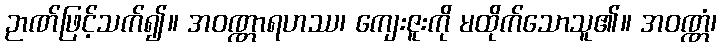
ဉာဏ်ဖြင့်သက်၍။ အဝဏ္ဏာရဟဿ၊ ကျေးဇူးကို မထိုက်သောသူ၏။ အဝဏ္ဏံ၊